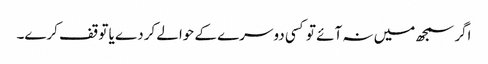
اگر سمجھ میں نہ آئے تو کسی دوسرے کے حوالے کردے یا توقف کرے۔